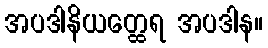
အပဒါနိယတ္ထေရ အပဒါန။